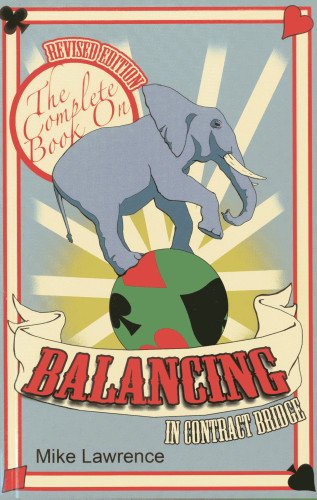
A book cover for The Complete Book on Balancing in Contract Bridge; Mike Lawrence; Humor & Entertainment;